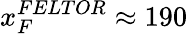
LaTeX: x_{F}^{FELTOR}\approx 190